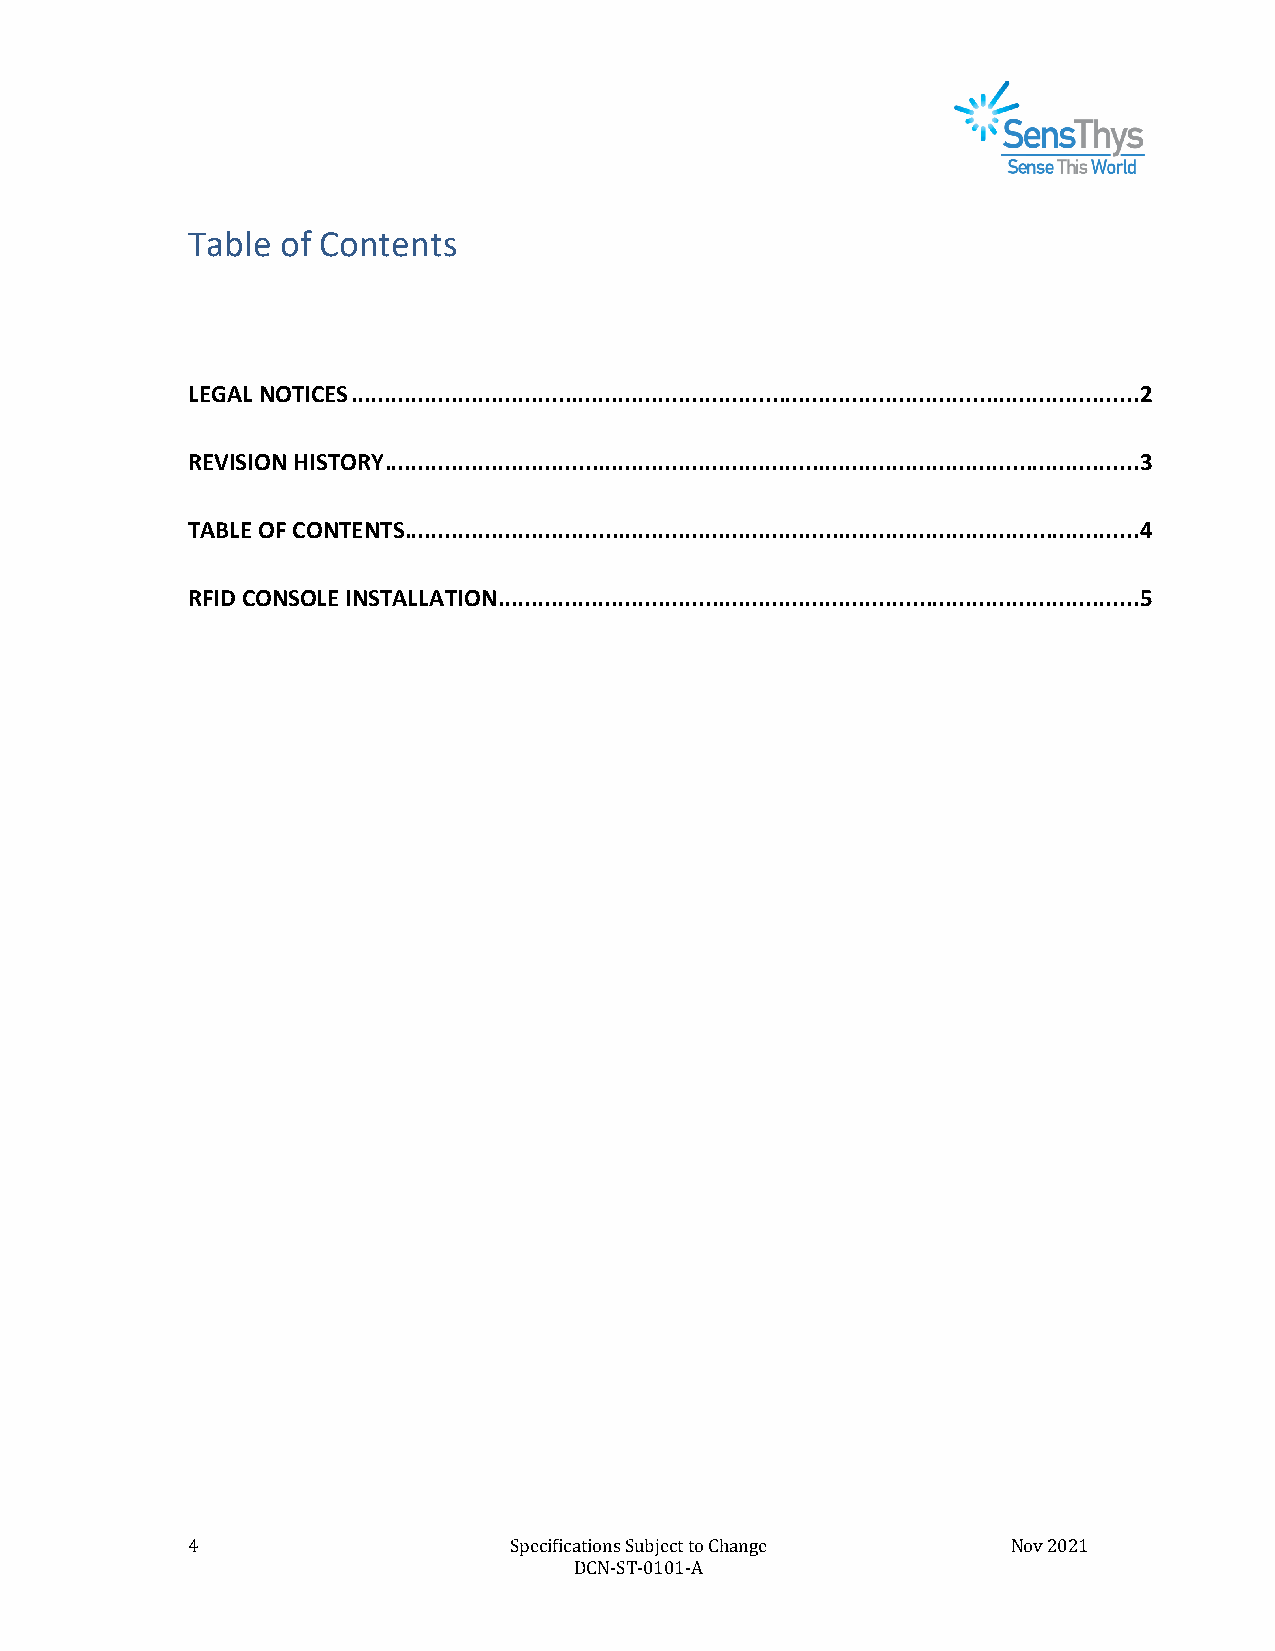
Table  of Contents
 LEGAL NOTICES ...................................................................................................................... 2
 REVISION HISTORY ................................................................................................................. 3
 TABLE OF CONTENTS .............................................................................................................. 4
 RFID CONSOLE INSTALLATION ................................................................................................ 5
 4                     Specifications Subject to Change Nov 2021
 DCN-ST-0101-A